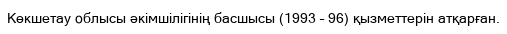
Көкшетау облысы әкімшілігінің басшысы (1993 – 96) қызметтерін атқарған.